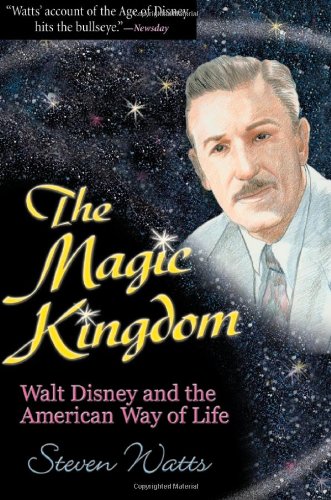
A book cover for The Magic Kingdom: Walt Disney and the American Way of Life; Steven Watts; Humor & Entertainment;